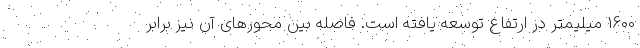
1600 میلیمتر در ارتفاع توسعه یافته است. فاصله بین محورهای آن نیز برابر